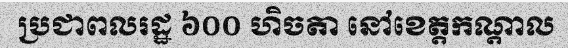
ប្រជាពលរដ្ឋ ៦០០ ហិចតា នៅខេត្តកណ្តាល